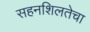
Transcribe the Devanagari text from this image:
सहनशिलतेचा